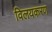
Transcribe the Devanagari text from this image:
विलयकरण